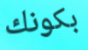
بكونك